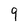
Character: 9